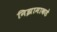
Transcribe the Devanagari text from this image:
निझामाकडे